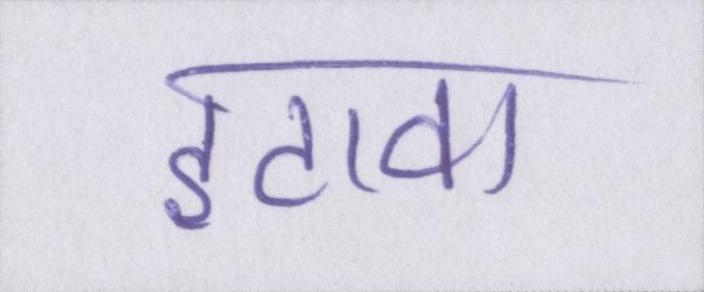
इटावा